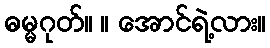
ဓမ္မဂုတ်။ ။ အောင်ရဲ့လား။